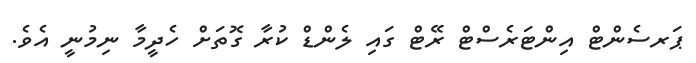
ޕަރސެންޓް އިންޓަރެސްޓް ރޭޓް ގައި ލެންޑް ކުރާ ގޮތަށް ހެދީމާ ނިމުނީ އެވެ.